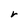
Character: r